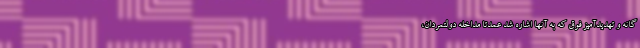
گانه و تهدیدآمیز فوق که به آنها اشاره شد عمدتا مداخله دولتمردان،